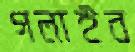
গলাইব